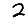
Digit: 2